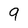
Character: 9